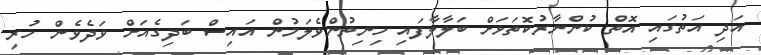
އަދި އަތުގައި އޮތް ކުންނާރުކޮތަޅަށް ބަލާލާފައި ހިނިތުންވެލަމުން އައިސް ބަދިގެއަށް ވަދެވެން ހުރި